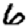
Digit: 6